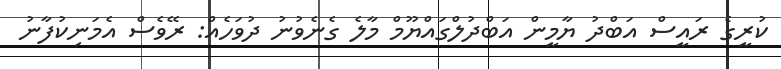
ކުރީގެ ރައީސް އަބްދު ޔާމީން އަބްދުލްގައްޔޫމް މާލެ ގެނެވުނު ދުވަހެއް: ރޭވެސް އެމަނިކުފާނު